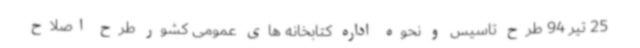
25 تیر 94 طرح تاسیس و نحوه اداره کتابخانه های عمومی کشور طرح اصلاح